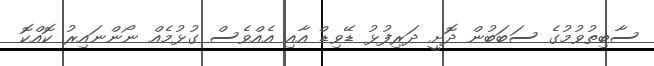
ސާބިތުވުމުގެ ސަބަބުން ދޮށީ ދަރިފުޅު ޑޭވިޑް އާއި އެއްވެސް ގުޅުމެއް ނޯންނައިރު ކޮއްކޮ